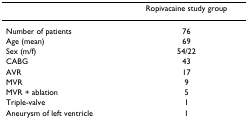
<table><thead><tr><td></td><td><b>Ropivacaine study group</b></td></tr></thead><tbody><tr><td>Number of patients</td><td>76</td></tr><tr><td>Age (mean)</td><td>69</td></tr><tr><td>Sex (m/f)</td><td>54/22</td></tr><tr><td>CABG</td><td>43</td></tr><tr><td>AVR</td><td>17</td></tr><tr><td>MVR</td><td>9</td></tr><tr><td>MVR + ablation</td><td>5</td></tr><tr><td>Triple-valve</td><td>1</td></tr><tr><td>Aneurysm of left ventricle</td><td>1</td></tr></tbody></table>